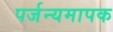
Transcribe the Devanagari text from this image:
पर्जन्यमापक